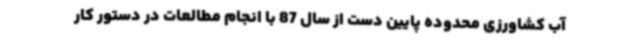
آب کشاورزی محدوده پایین دست از سال 87 با انجام مطالعات در دستور کار